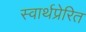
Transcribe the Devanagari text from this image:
स्वार्थप्रेरित